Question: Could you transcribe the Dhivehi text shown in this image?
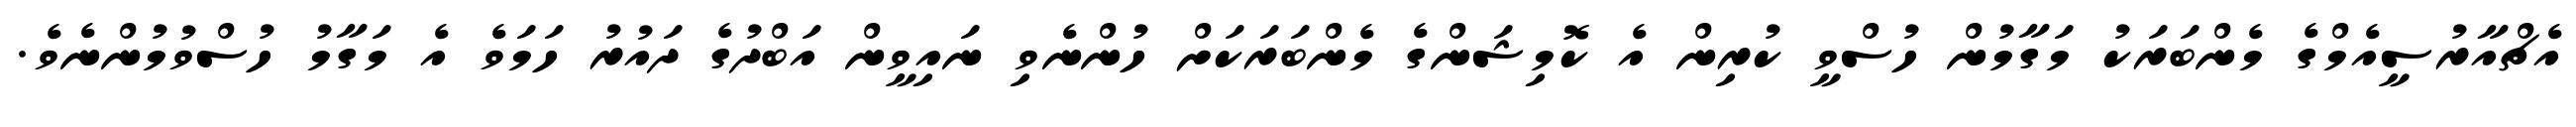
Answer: އެޗްއާރުސީއެމްގެ މެންބަރަކު މަގާމުން ހުސްވީ ކުރިން އެ ކޮމިޝަންގެ މެންބަރަކަށް ހުންނެވި ނައިވީން އަބްދުގެ ދައުރު ހަމަވެ އެ މަގާމު ހުސްވުމުންނެވެ.